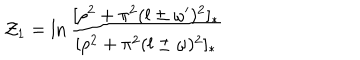
LaTeX: { \cal Z } _ { 1 } = \ln \frac { [ \rho ^ { 2 } + \pi ^ { 2 } ( l \pm \omega ^ { \prime } ) ^ { 2 } ] _ { * } } { [ \rho ^ { 2 } + \pi ^ { 2 } ( l \pm \omega ) ^ { 2 } ] _ { * } }